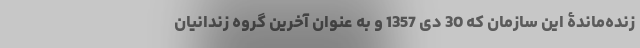
زنده‌ماندۀ این سازمان که 30 دی 1357 و به عنوان آخرین گروه زندانیان